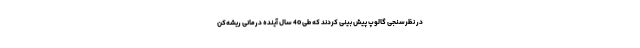
در نظرسنجی گالوپ پیش بینی کردند که طی 40 سال آینده درمانی ریشه‌کن